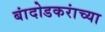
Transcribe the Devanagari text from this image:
बांदोडकरांच्या